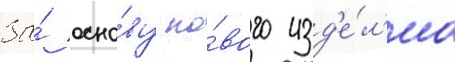
За́ осно́ву но́вого изд'е́л'иа